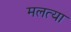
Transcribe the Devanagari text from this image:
मलत्या